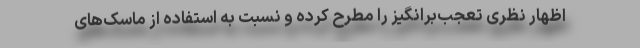
اظهار نظری تعجب‌برانگیز را مطرح کرده و نسبت به استفاده از ماسک‌های